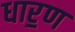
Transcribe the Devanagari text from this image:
धार॒ण